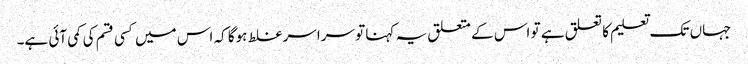
جہاں تک تعلیم کا تعلق ہے تو اس کے متعلق یہ کہنا تو سراسر غلط ہوگا کہ اس میں کسی قسم کی کمی آئی ہے۔